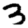
Digit: 3